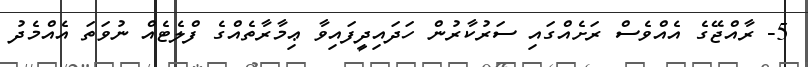
5- ރާއްޖޭގެ އެއްވެސް ރަށެއްގައި ސަރުކާރުން ހަދައިދީފައިވާ ޢިމާރާތެއްގެ ފްލެޓެއް ނުވަތަ އެއްމެދު